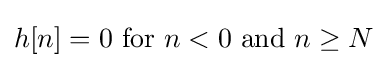
h[n]=0{\text{ for }}n<0{\text{ and }}n\geq N